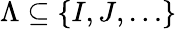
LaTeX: \Lambda\subseteq\{ I,J,\ldots\}